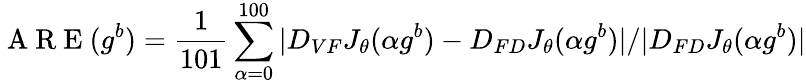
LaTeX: \mathrm{~A~R~E~}(g^{b})=\frac{1}{101}\sum_{\alpha=0}^{100}|D_{VF}J_{\theta}(\alpha g^{b})-D_{FD}J_{\theta}(\alpha g^{b})|/|D_{FD}J_{\theta}(\alpha g^{b})|